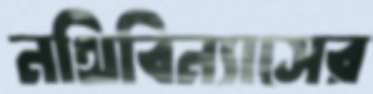
নথিবিন্যাসের